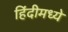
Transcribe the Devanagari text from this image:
हिंंदीमध्ये